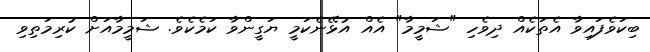
ބިކަވެފައިވާ އެތަކެއް ދިވެހި "ޝަމީމާ" އެއް އުޅޭނެކަމީ ޔަގީންވާ ކަމެކެވެ. ޝަމީމާއަށް ކުރިމަތިވި